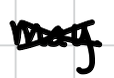
Text: may
Cross-out: cross
Writing tool: digital_black